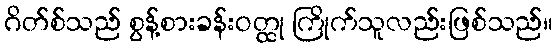
ဂိတ်စ်သည် စွန့်စားခန်းဝတ္ထု ကြိုက်သူလည်းဖြစ်သည်။